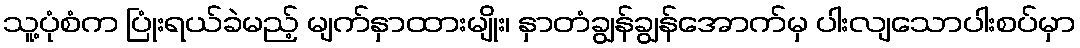
သူ့ပုံစံက ပြုံးရယ်ခဲမည့် မျက်နှာထားမျိုး၊ နှာတံချွန်ချွန်အောက်မှ ပါးလျသောပါးစပ်မှာ